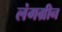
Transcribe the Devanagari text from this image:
लंगग्रीन